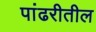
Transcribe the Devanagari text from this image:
पांढरीतील